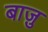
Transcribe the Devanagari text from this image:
बाज़ु